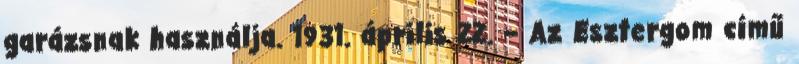
garázsnak használja. 1931. április 22. – Az Esztergom című